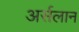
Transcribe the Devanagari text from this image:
अर्सलान